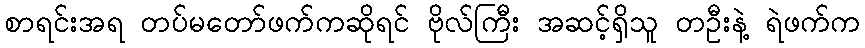
စာရင်းအရ တပ်မတော်ဖက်ကဆိုရင် ဗိုလ်ကြီး အဆင့်ရှိသူ တဦးနဲ့ ရဲဖက်က